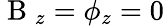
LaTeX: \mathrm{~B~}_{z}={\phi}_{z}=0